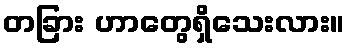
တခြား ဟာတွေရှိသေးလား။